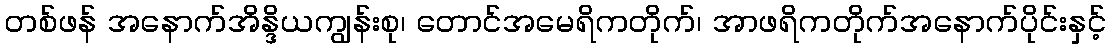
တစ်ဖန် အနောက်အိန္ဒိယကျွန်းစု၊ တောင်အမေရိကတိုက်၊ အာဖရိကတိုက်အနောက်ပိုင်းနှင့်